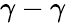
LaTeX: \gamma-\gamma